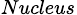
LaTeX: _{Nucleus}